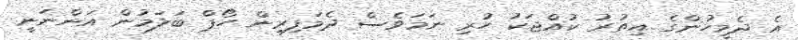
އެ ދެމީހުންގެ އިތުރު ކުއްޖަކު ހުރި ނަމަވެސް ދެމަފިރިން ހޯޕް ބަލަމުން އަންނަނީ